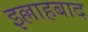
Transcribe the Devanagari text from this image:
इल्लाहबाद